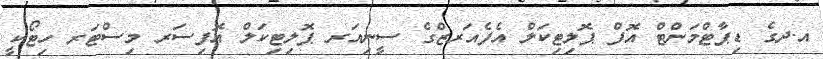
އ.ދގެ ޑިޕާޓްމަންޓް އޮފް ޕޮލިޓިކަލް އެފެއަރޒްގެ ސީނިއަރ ޕޮލިޓިކަލް އޮފިސަރ މިސްޓަރ ހިޓޯކީ